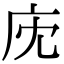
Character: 𢇧